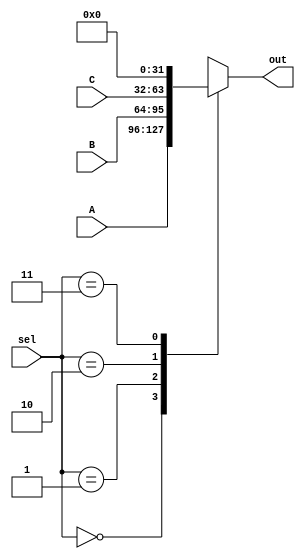
module mux31 #(
    parameter width=32
) (
    input [width-1:0] A,B,C ,output reg [width-1:0] out,input [1:0] sel
);
    always @(*)
    begin
        case (sel)
            2'b00:  out= A;
            2'b01: out =B;
            2'b10: out =C;
            2'b11 : out= 0;
        endcase
    end

endmodule